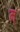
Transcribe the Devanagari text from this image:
म्ं